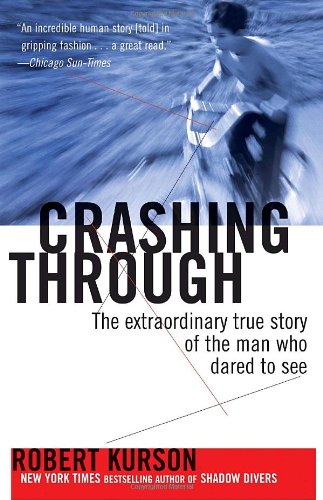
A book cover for Crashing Through: The Extraordinary True Story of the Man Who Dared to See; Robert Kurson; Biographies & Memoirs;